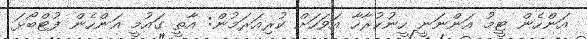
އަންހެން ޓީމު އަންނަނީ ހީނުކުރާހާ އަވަހަށް ކުރިއަރަމުން: އާތީ ގައުމީ އަންހެން ފުޓްބޯޅަ